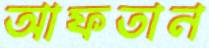
আফতান